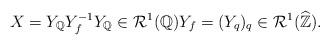
LaTeX: \begin{align*}X=Y_\mathbb{Q}Y_f^{-1}Y_\mathbb{Q}\in\mathcal{R}^1(\mathbb{Q})Y_f=(Y_q)_q\in\mathcal{R}^1(\widehat{\mathbb{Z}}).\end{align*}